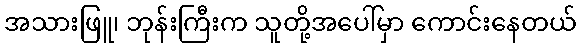
အသားဖြူ၊ ဘုန်းကြီးက သူတို့အပေါ်မှာ ကောင်းနေတယ်